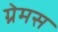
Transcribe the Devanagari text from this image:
ग्रेमस